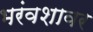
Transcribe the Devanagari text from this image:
भरंवशावर